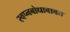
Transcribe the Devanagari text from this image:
स्वप्नबोधाबाबत